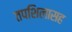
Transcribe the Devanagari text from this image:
तपशिलासह